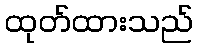
ထုတ်ထားသည်